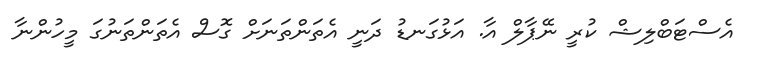
އެސްޓަބްލިޝް ކުރީ ނޭޕާލް އާ. އަޅުގަނޑު ދަނީ އެތަންތަނަށް ގޮސް އެތަންތަނުގަ މީހުންނާ